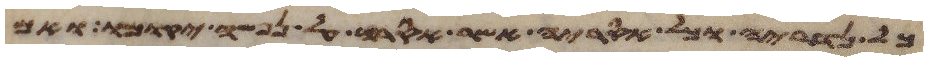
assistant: כל נדריה וכל אסריה אשר אסרה על נפשה יקומו ואם